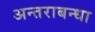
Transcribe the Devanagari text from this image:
अन्तराबन्धा